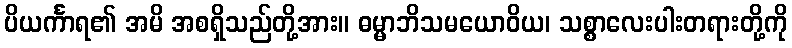
ပိယင်္ကာရ၏ အမိ အစရှိသည်တို့အား။ ဓမ္မာဘိသမယောဝိယ၊ သစ္စာလေးပါးတရားတို့ကို